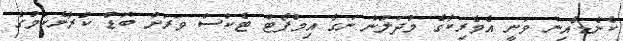
ކެނެޑާއިން ވަނީ އެމެރިކާގެ މުދަލުން ނަގާ އިމްޕޯޓް ޓެކްސް ވަރަށް ބޮޑު ކުރާނެކަމުގެ